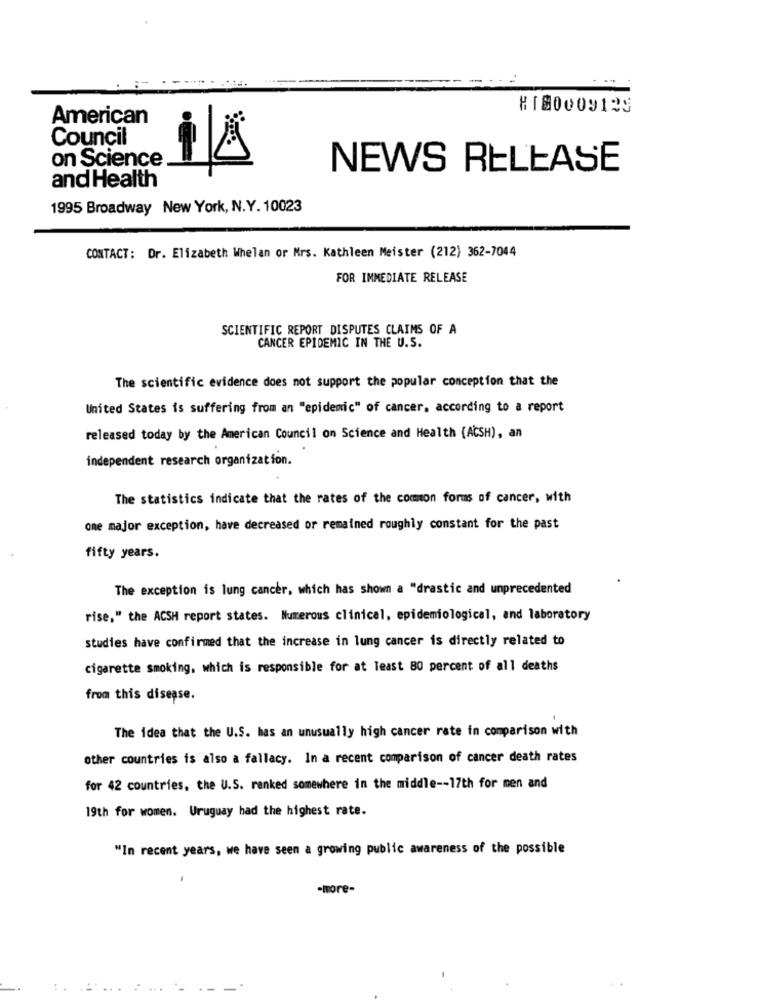
#1 80009125
American
Council
on Science
NEWS RELEASE
and Health
1995 Broadway New York, N.Y. 10023
CONTACT: Dr. Elizabeth Whelan or Mrs. Kathleen Meister (212) 362-7044
FOR IMMEDIATE RELEASE
SCIENTIFIC REPORT DISPUTES CLAIMS OF A
CANCER EPIDEMIC IN THE U.S.
The scientific evidence does not support the popular conception that the
United States is suffering from an "epidemic" of cancer, according to a report
released today by the American Council on Science and Health (ACSH), an
independent research organization.
The statistics indicate that the rates of the common forms of cancer, with
one major exception, have decreased or remained roughly constant for the past
fifty years.
The exception is lung cancer, which has shown a "drastic and unprecedented
rise," the ACSH report states. Numerous clinical, epidemiological, and laboratory
studies have confirmed that the increase in lung cancer is directly related to
cigarette smoking, which is responsible for at least 80 percent of all deaths
from this disease.
The idea that the U.S. has an unusually high cancer rate in comparison with
other countries is also a fallacy. In a recent comparison of cancer death rates
for 42 countries, the U.S. ranked somewhere in the middle -- 17th for men and
19th for women. Uruguay had the highest rate.
"In recent years, we have seen a growing public awareness of the possible
-more-